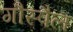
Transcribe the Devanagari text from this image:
गौस्पैल